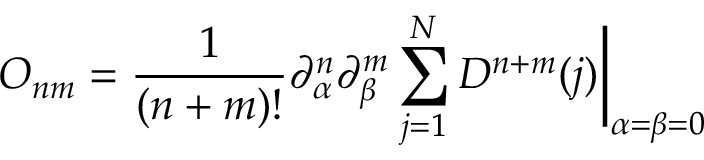
O _ { n m } = { \frac { 1 } { ( n + m ) ! } } \partial _ { \alpha } ^ { n } \partial _ { \beta } ^ { m } \sum _ { j = 1 } ^ { N } D ^ { n + m } ( j ) \biggr | _ { \alpha = \beta = 0 }